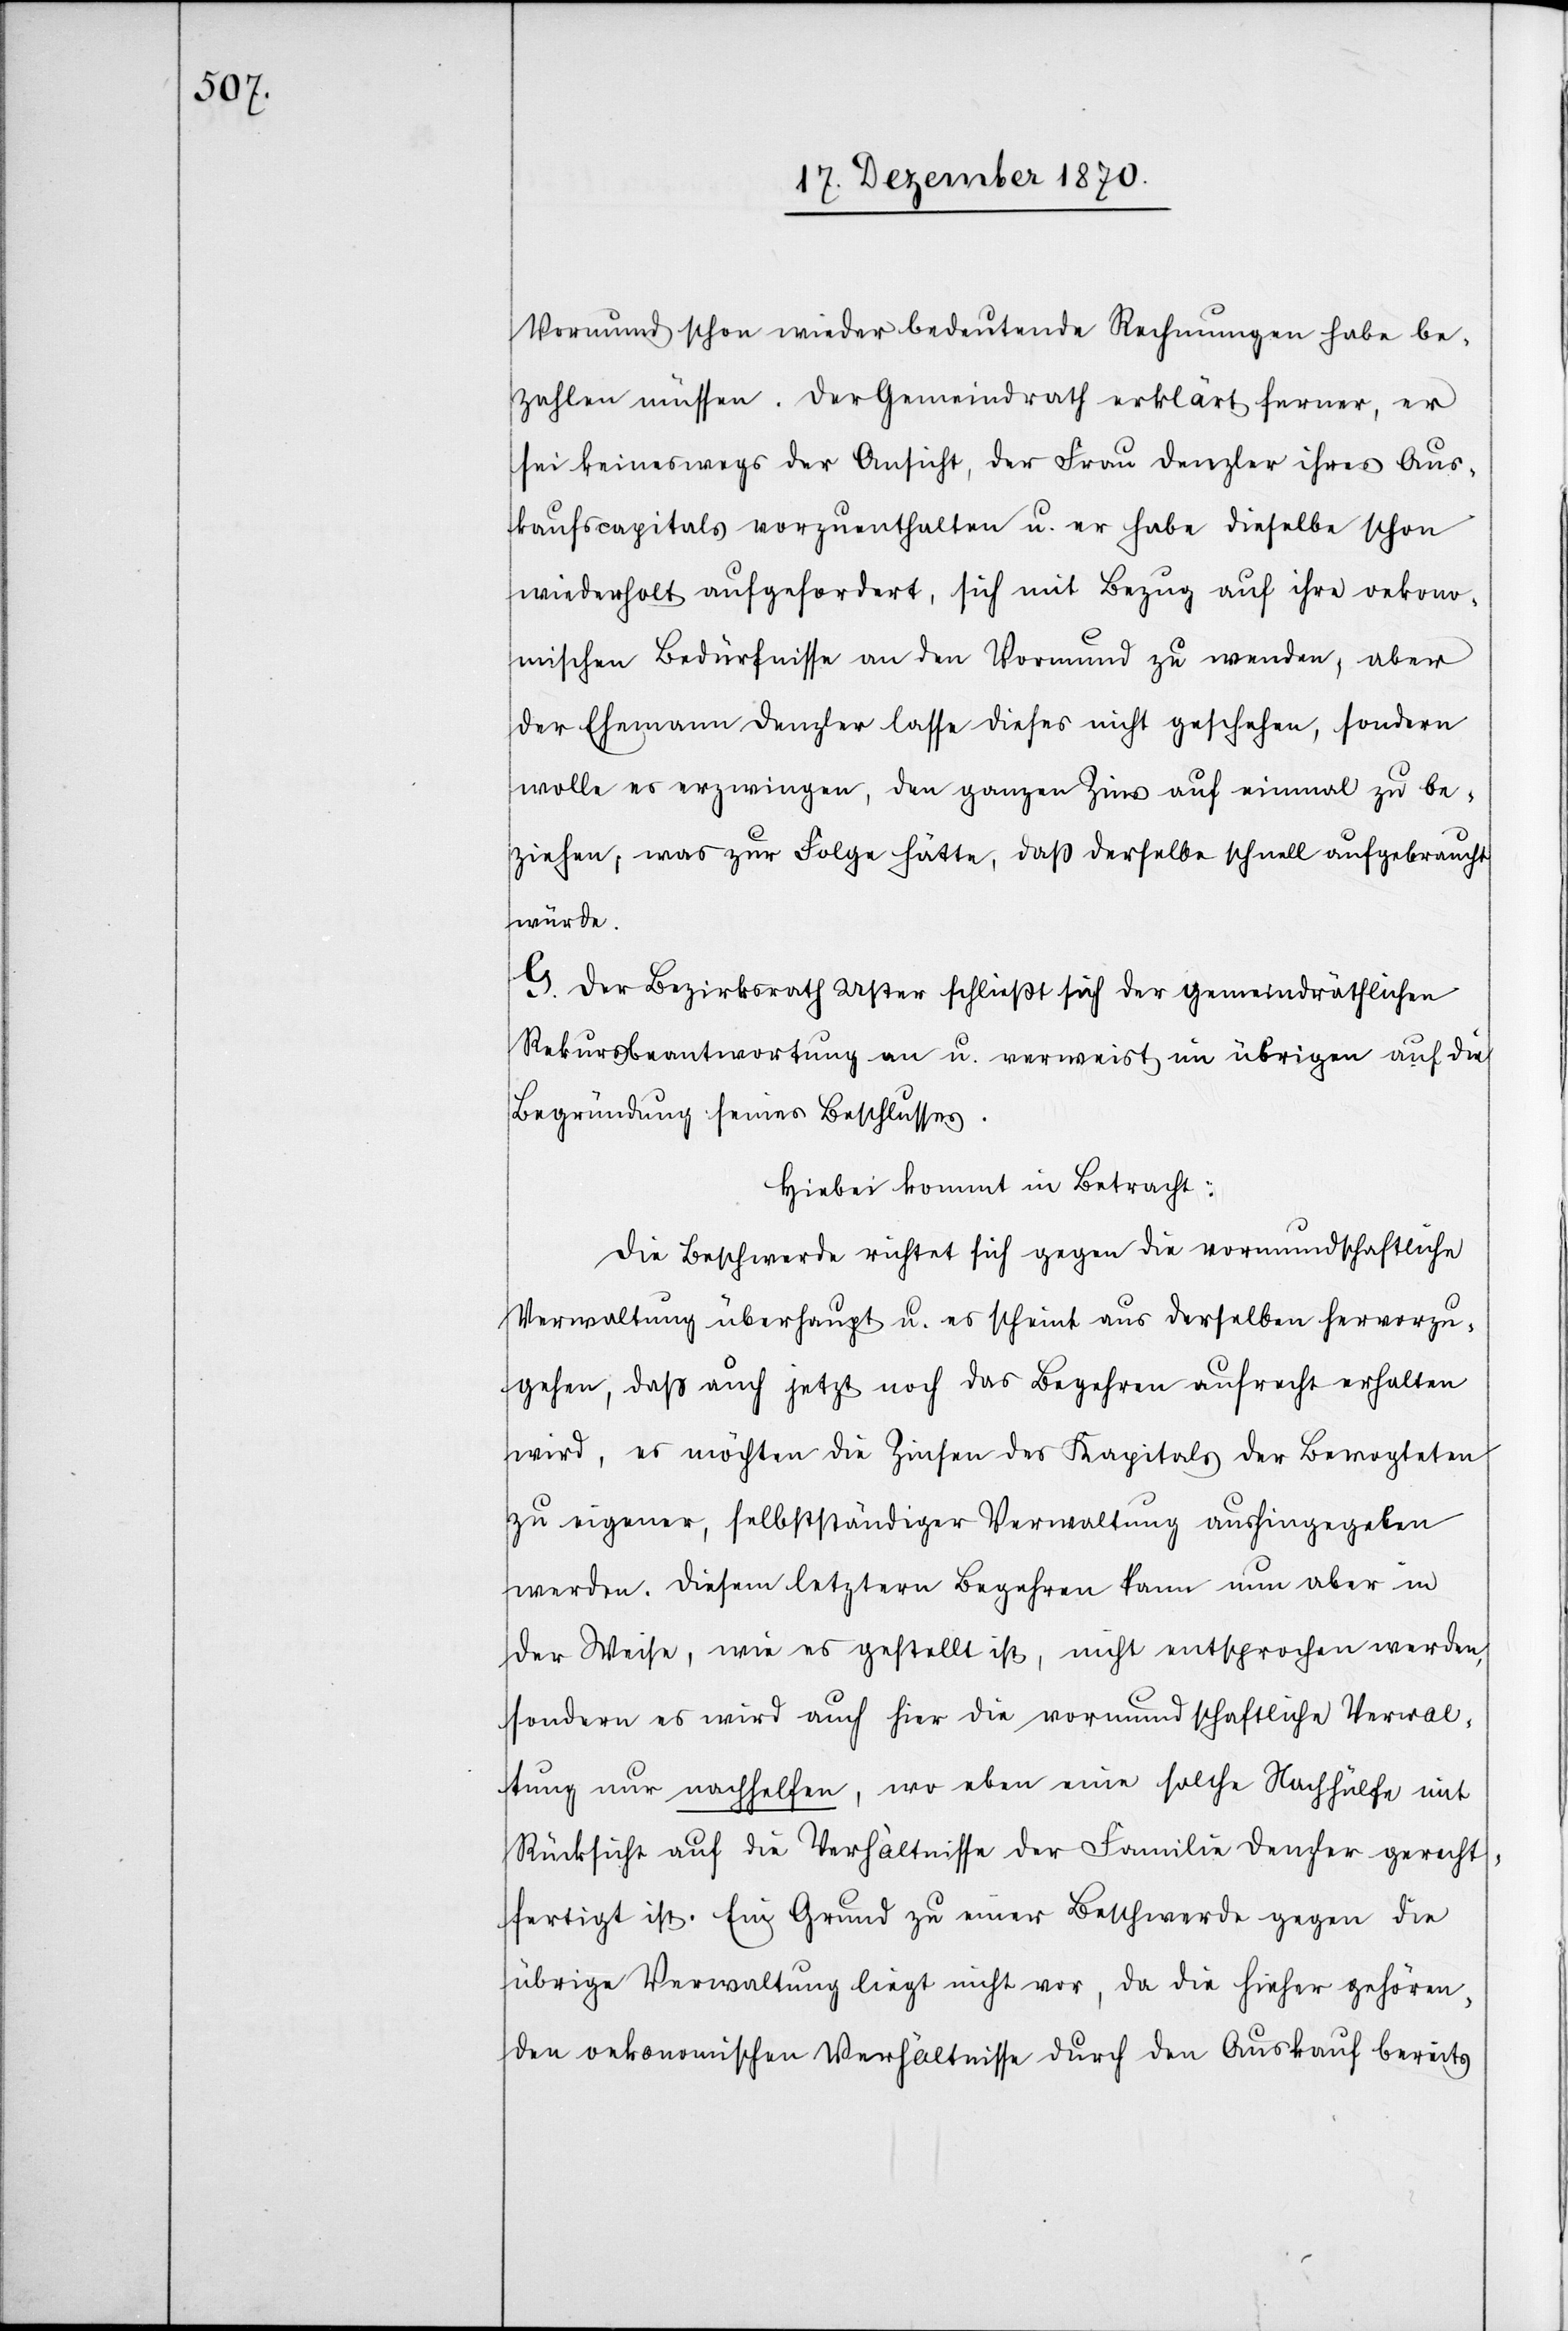
Vormund schon wieder bedeutende Rechnungen habe be¬
zahlen müssen. Der Gemeindrath erklärt ferner, er
sei keineswegs der Ansicht, der Frau Denzler ihres Aus¬
kaufscapitals vorzuenthalten u. er habe dieselbe schon
wiederholt aufgefordert, sich mit Bezug auf ihre oekono¬
mischen Bedürfnisse an den Vormund zu wenden, aber
der Ehemann Denzler lasse dieses nicht geschehen, sondern
wolle es erzwingen, den ganzen Zins auf einmal zu be¬
ziehen, was zur Folge hätte, daß derselbe schnell aufgebraucht
würde.
G. Der Bezirksrath Uster schließt sich der gemeindräthlichen
Rekursbeantwortung an u. verweist im übrigen auf die
Begründung seines Beschlusses.
Hiebei kommt in Betracht:
Die Beschwerde richtet sich gegen die vormundschaftliche
Verwaltung überhaupt u. es scheint aus derselben hervorzu¬
gehen, daß auch jetzt noch das Begehren aufrecht erhalten
wird, es möchten die Zinsen des Kapitals der Bevogteten
zu eigener, selbstständiger Verwaltung aushingegeben
werden. Diesem letztern Begehren kann nun aber in
der Weise, wie es gestellt ist, nicht entsprochen werden,
sondern es wird auch hier die vormundschaftliche Verwal¬
tung nur nachhelfen, wo aber eine solche Nachhülfe mit
Rücksicht auf die Verhältnisse der Familie Denzler gerecht¬
fertigt ist. Ein Grund zu einer Beschwerde gegen die
übrige Verwaltung liegt nicht vor, da die hieher gehören¬
den oekonomischen Verhältnisse durch den Auskauf bereits